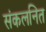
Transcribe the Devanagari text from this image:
संकलनित